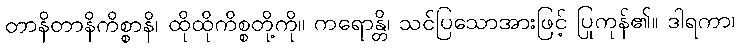
တာနိတာနိကိစ္စာနိ၊ ထိုထိုကိစ္စတို့ကို။ ကရောန္တိ၊ သင်ပြသောအားဖြင့် ပြုကုန်၏။ ဒါရကာ၊